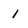
Character: I